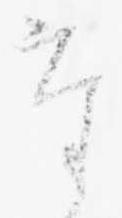
た